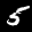
Label: 5